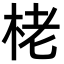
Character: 栳